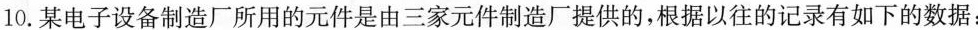
10.某电子设备制造厂所用的元件是由三家元件制造厂提供的，根据以往的记录有如下的数据：